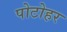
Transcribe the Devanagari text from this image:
पोटोहर